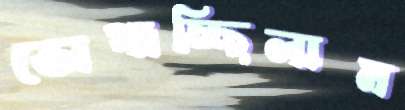
ভোগাচ্ছিলাম